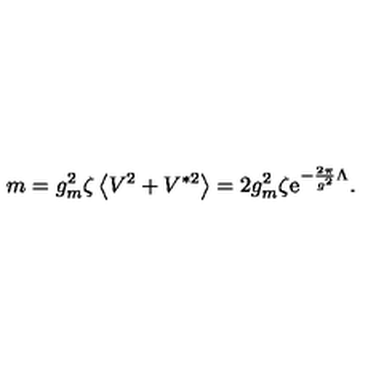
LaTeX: m = g _ { m } ^ { 2 } \zeta \left< V ^ { 2 } + V ^ { * 2 } \right> = 2 g _ { m } ^ { 2 } \zeta \mathrm { e } ^ { - { \frac { 2 \pi } { g ^ { 2 } } } \Lambda } .